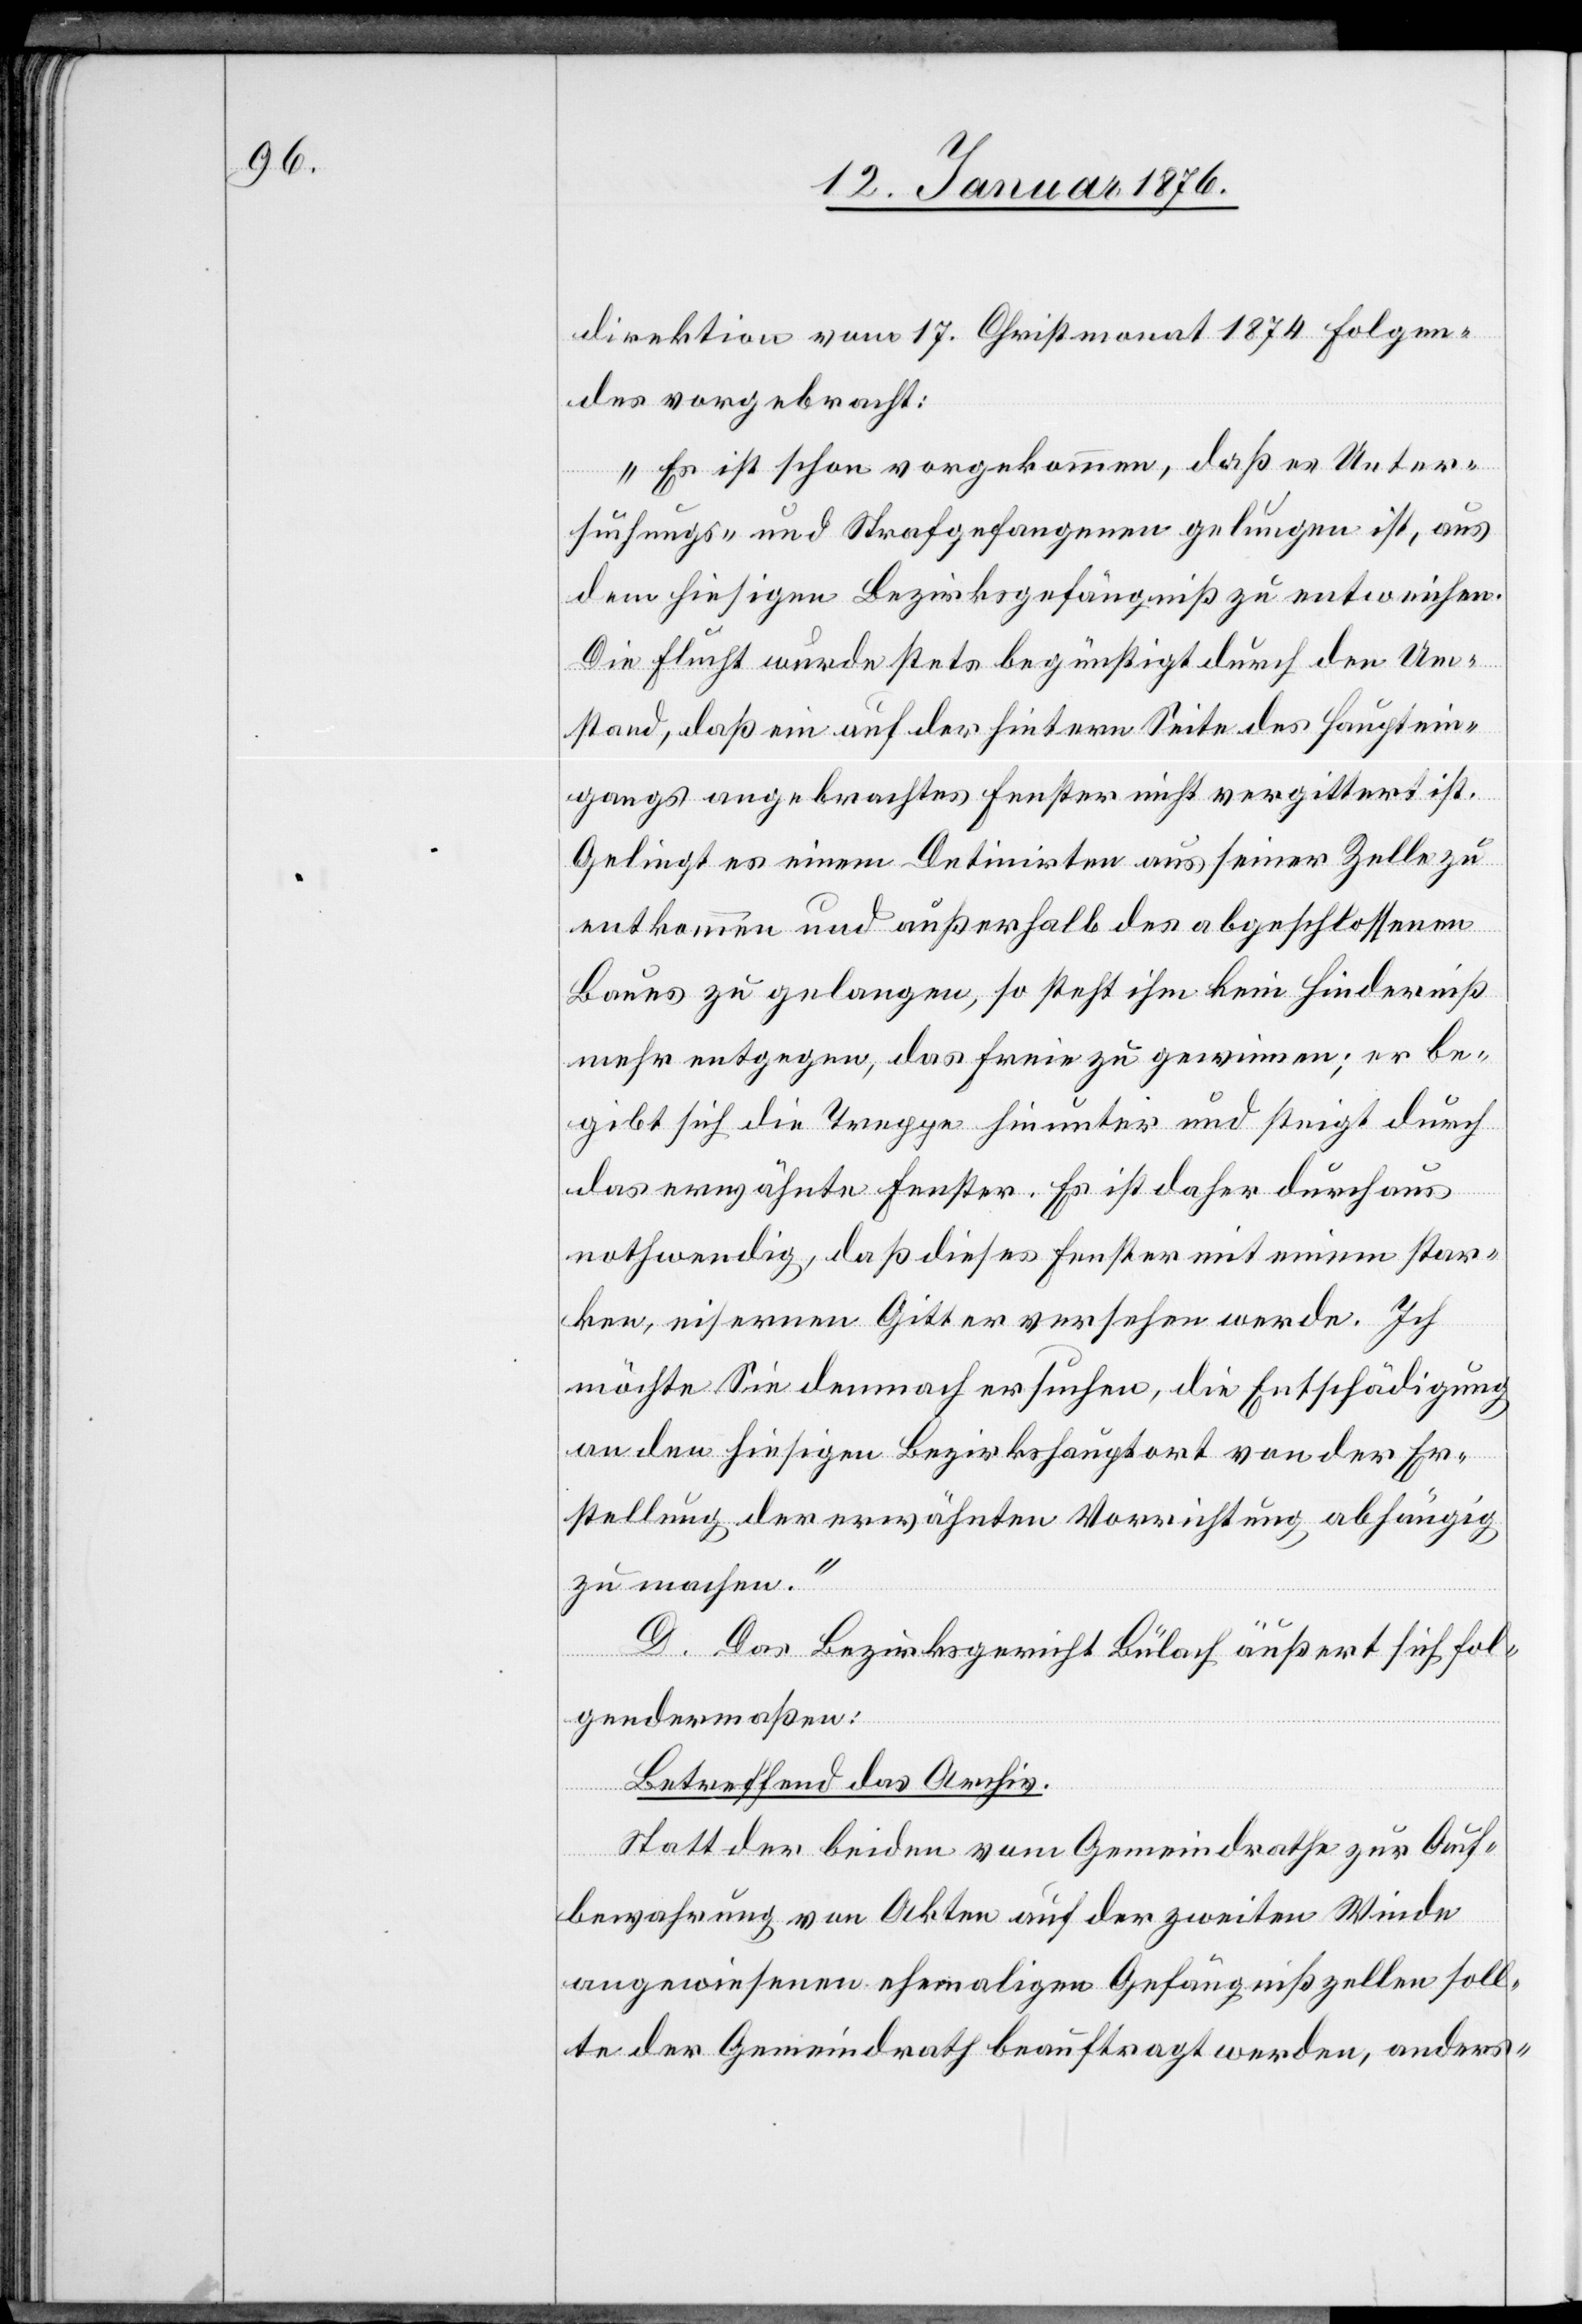
direktion vom 17. Christmonat 1874 Folgen¬
des vorgebracht:
„Es ist schon vorgekommen, daß es Unter¬
suchungs- und Strafgefangenen gelungen ist, aus
dem hiesigen Bezirksgefängniß zu entweichen.
Die Flucht wurde stets begünstigt durch den Um¬
stand, daß ein auf der hintern Seite des Hauptein¬
gangs angebrachtes Fenster nicht vergittert ist.
Gelingt es einem Detinirten aus seiner Zelle zu
entkommen und außerhalb des abgeschlossenen
Baues zu gelangen, so steht ihm kein Hinderniß
mehr entgegen, das freie zu gewinnen; er be¬
gibt sich die Treppe hinunter und steigt durch
das erwähnte Fenster. Es ist daher durchaus
nothwendig, daß dieses Fenster mit einem star¬
ken, eisernen Gitter versehen werde. Ich
möchte Sie demnach ersuchen, die Entschädigung
an den hiesigen Bezirkshauptort von der Er¬
stellung der erwähnten Vorrichtung abhängig
zu machen.“
D. Das Bezirksgericht Bülach äußert sich fol¬
gendermaßen:
Betreffen das Archiv.
Statt der beiden vom Gemeindrathe zu Auf¬
bewahrung von Akten auf der zweiten Winde
angewiesenen ehemaligen Gefängnißzellen soll¬
te der Gemeindrath beauftragt werden, anders-